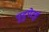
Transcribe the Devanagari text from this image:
पुदुपेटई